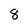
Character: 8